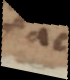
ac